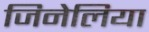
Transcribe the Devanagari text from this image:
जिनेलिया